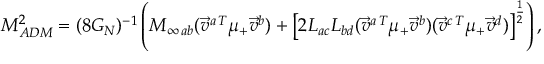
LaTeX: M _ { A D M } ^ { 2 } = ( 8 G _ { N } ) ^ { - 1 } \left( { } { \cal M } _ { \infty \, a b } ( { \vec { v } } ^ { a \, T } \mu _ { + } { \vec { v } } ^ { b } ) + \left[ { 2 } { \cal L } _ { a c } { \cal L } _ { b d } ( { \vec { v } } ^ { a \, T } \mu _ { + } { \vec { v } } ^ { b } ) ( { \vec { v } } ^ { c \, T } \mu _ { + } { \vec { v } } ^ { d } ) \right] ^ { \frac { 1 } { 2 } } \right) ,